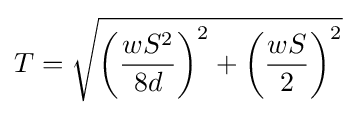
T={\sqrt {\left({\frac {wS^{2}}{8d}}\right)^{2}+\left({\frac {wS}{2}}\right)^{2}}}